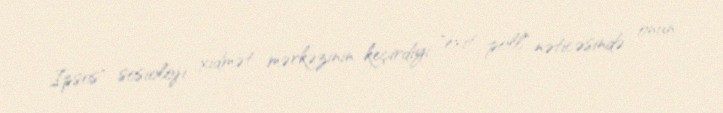
Ipsos" sosioloji xidmət mərkəzinin keçirdiyi "exit poll" nəticəsində onun